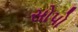
સોપો